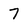
Character: 7